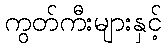
ကွတ်ကီးများနှင့်